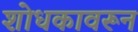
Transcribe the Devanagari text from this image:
शोधकावरून